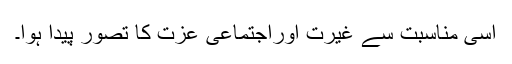
اسی مناسبت سے غیرت اوراجتماعی عزت کا تصور پیدا ہوا۔